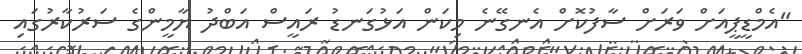
"އެމްޑީޕީއަށް ވަރަށް ސާފުކޮށް އެނގޭނެ މިކަން އަޅުގަނޑު ރައީސް އަބްދު ޔާމީންގެ ސަރުކާރުގައި